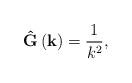
LaTeX: \begin{align*}\mathbf{\hat{G}}\left( \mathbf{k}\right) =\frac{1}{k^{2}}, \end{align*}